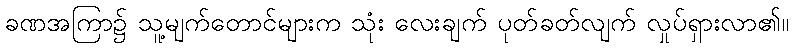
ခဏအကြာ၌ သူ့မျက်တောင်များက သုံး လေးချက် ပုတ်ခတ်လျက် လှုပ်ရှားလာ၏။